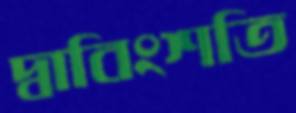
দ্বাবিংশতি